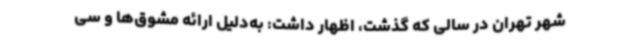
شهر تهران در سالی که گذشت، اظهار داشت: به‌دلیل ارائه مشوق‌ها و سی